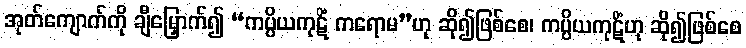
အုတ်ကျောက်ကို ချီမြှောက်၍ “ကပ္ပိယကုဋိံ ကရောမ”ဟု ဆို၍ဖြစ်စေ၊ ကပ္ပိယကုဋိံဟု ဆို၍ဖြစ်စေ